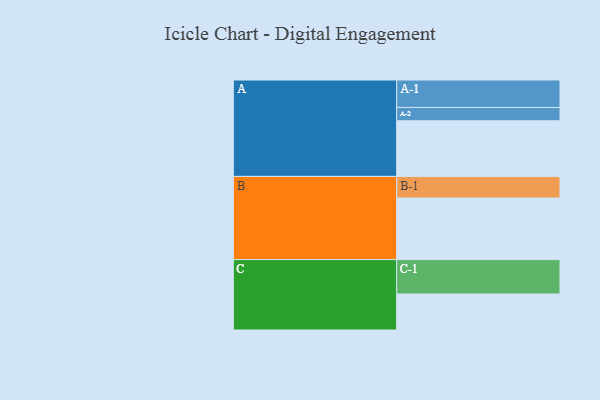
{"axis": {"x": "Segment", "y": "Value"}, "legend": ["", "A", "B", "C"], "data": [{"x": "A", "y": 468, "type": ""}, {"x": "B", "y": 518, "type": ""}, {"x": "C", "y": 303, "type": ""}, {"x": "A-1", "y": 231, "type": "A"}, {"x": "A-2", "y": 112, "type": "A"}, {"x": "B-1", "y": 182, "type": "B"}, {"x": "C-1", "y": 289, "type": "C"}]}